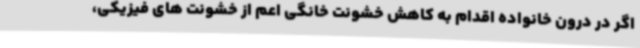
اگر در درون خانواده اقدام به کاهش خشونت خانگی اعم از خشونت های فیزیکی،